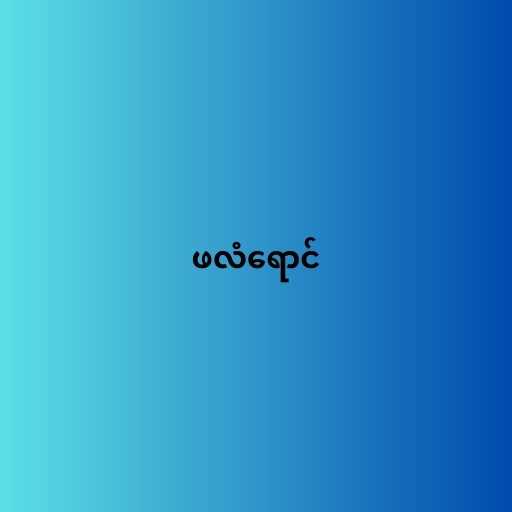
ဖလံရောင်